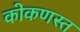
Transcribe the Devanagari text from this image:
कोकणस्त